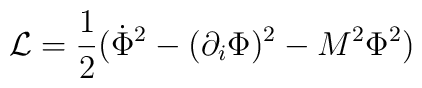
{\cal L}=\frac{1}{2} (\dot{\Phi}^2-(\partial_i\Phi)^2-M^2\Phi^2)